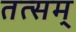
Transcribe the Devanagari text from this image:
तत्सम्